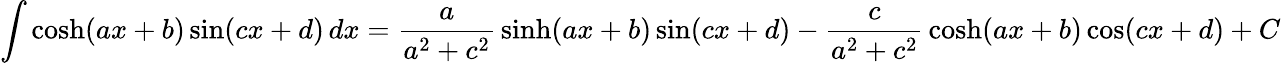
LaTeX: \int\cosh(ax+b)\sin(cx+d)\, dx={\frac{a}{a^{2}+c^{2}}}\sinh(ax+b)\sin(cx+d)-{\frac{c}{a^{2}+c^{2}}}\cosh(ax+b)\cos(cx+d)+C